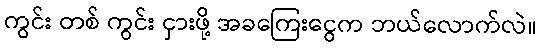
ကွင်း တစ် ကွင်း ငှားဖို့ အခကြေးငွေက ဘယ်လောက်လဲ။